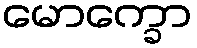
မောက္ခော